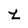
Character: z